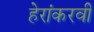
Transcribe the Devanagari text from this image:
हेरांकरवी